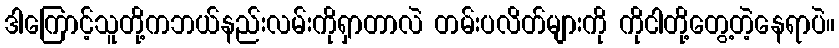
ဒါကြောင့်သူတို့ကဘယ်နည်းလမ်းကိုရှာတာလဲ တမ်းပလိတ်များကို ကိုငါတို့တွေ့တဲ့နေရာပဲ။